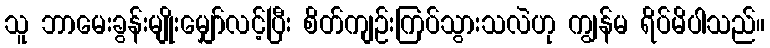
သူ ဘာမေးခွန်းမျိုးမျှော်လင့်ပြီး စိတ်ကျဉ်းကြပ်သွားသလဲဟု ကျွန်မ ရိပ်မိပါသည်။